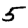
Digit: 5